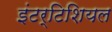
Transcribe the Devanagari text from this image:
इंटर्टिशियल